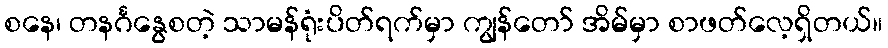
စနေ၊ တနင်္ဂနွေစတဲ့ သာမန်ရုံးပိတ်ရက်မှာ ကျွန်တော် အိမ်မှာ စာဖတ်လေ့ရှိတယ်။